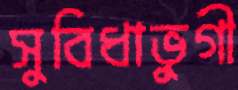
সুবিধাভুগী